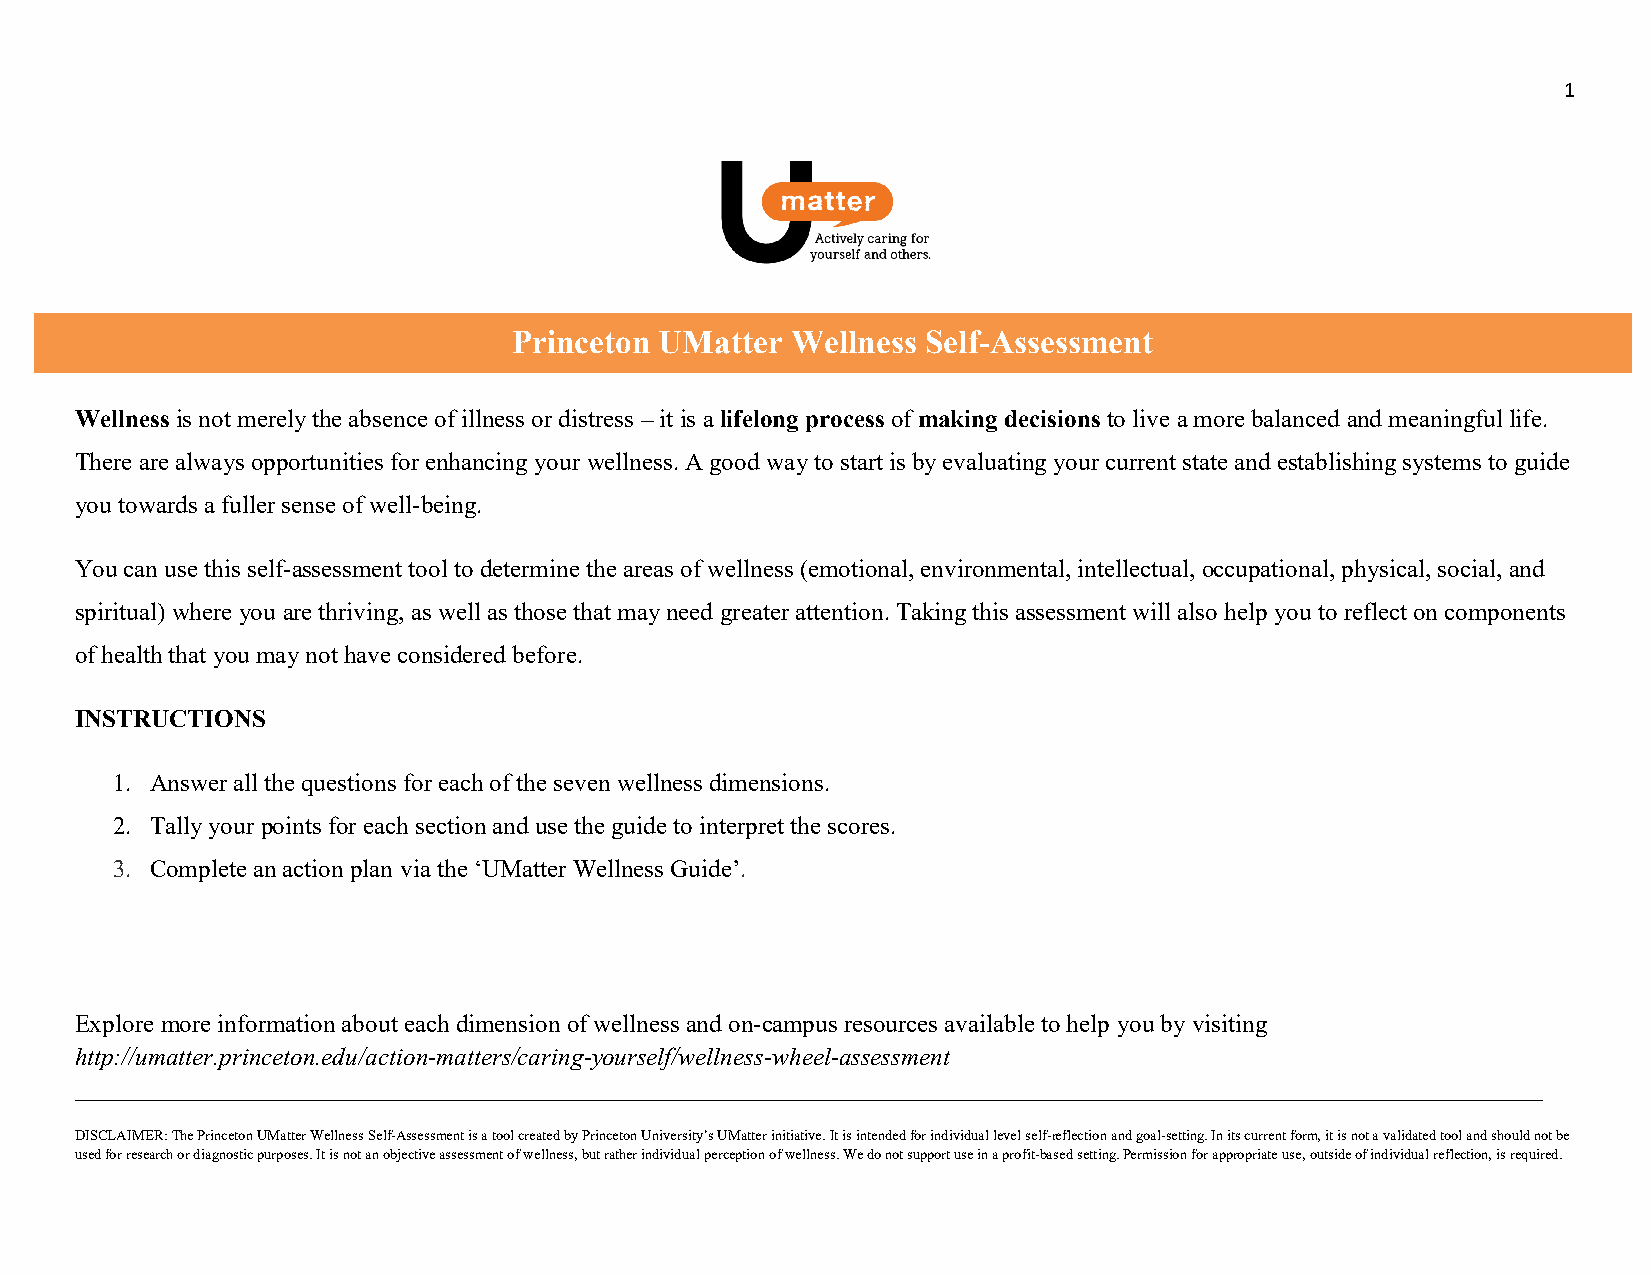
1
 Princeton UMatter Wellness Self-Assessment
 Wellness is not merely the absence of illness or distress – it is a lifelong process of making decisions to live a more balanced and meaningful life.
 There are always opportunities for enhancing your wellness. A good way to start is by evaluating your current state and establishing systems to guide
 you towards a fuller sense of well-being.
 You can use this self-assessment tool to determine the areas of wellness (emotional, environmental, intellectual, occupational, physical, social, and
 spiritual) where you are thriving, as well as those that may need greater attention. Taking this assessment will also help you to reflect on components
 of health that you may not have considered before.
 INSTRUCTIONS
 1. Answer all the questions for each of the seven wellness dimensions.
 2. Tally your points for each section and use the guide to interpret the scores.
 3. Complete an action plan via the ‘UMatter Wellness Guide’.
 Explore more information about each dimension of wellness and on-campus resources available to help you by visiting
 http://umatter.princeton.edu/action-matters/caring-yourself/wellness-wheel-assessment
 ________________________________________________________________________________________________________________________________
 DISCLAIMER: The Princeton UMatter Wellness Self-Assessment is a tool created by Princeton University’s UMatter initiative. It is intended for individual level self-reflection and goal-setting. In its current form, it is not a validated tool and should not be
 used for research or diagnostic purposes. It is not an objective assessment of wellness, but rather individual perception of wellness. We do not support use in a profit-based setting. Permission for appropriate use, outside of individual reflection, is required.